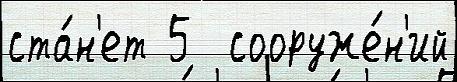
ста́н'ет 5  сооруже́н'ий